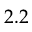
2 . 2